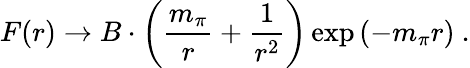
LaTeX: F(r)\rightarrow B\cdot\left(\frac{m_{\pi}}{r}+\frac{1}{r^{2}}\right)\exp\left(-m_{\pi}r\right)\ .